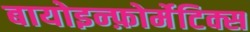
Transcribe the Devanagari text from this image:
बायोइन्फ़ोर्मेटिक्स